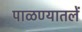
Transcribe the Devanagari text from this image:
पाळण्यातलें